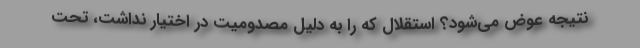
نتیجه عوض می‌شود؟ استقلال که را به دلیل مصدومیت در اختیار نداشت، تحت